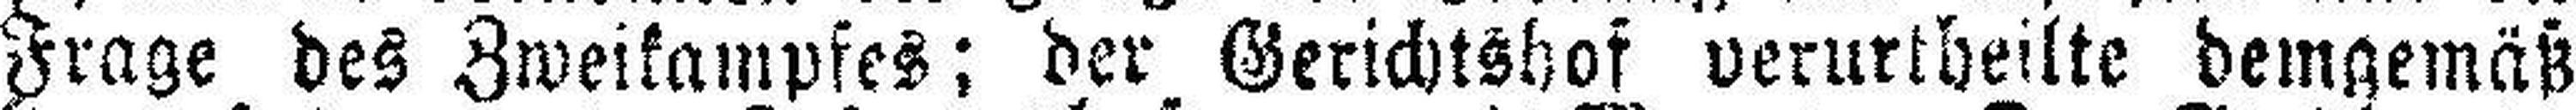
Frage des Zweikampfes; der Gerichtshof verurtheilte demgemäß